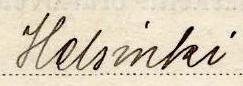
Helsinki